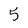
Character: 5